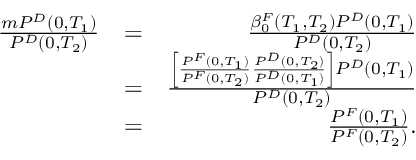
\begin{array} { r l r } { \frac { m P ^ { D } ( 0 , T _ { 1 } ) } { P ^ { D } ( 0 , T _ { 2 } ) } } & { = } & { \frac { \beta _ { 0 } ^ { F } \left( T _ { 1 } , T _ { 2 } \right) P ^ { D } ( 0 , T _ { 1 } ) } { P ^ { D } ( 0 , T _ { 2 } ) } } \\ & { = } & { \frac { \left[ \frac { P ^ { F } ( 0 , T _ { 1 } ) } { P ^ { F } ( 0 , T _ { 2 } ) } \frac { P ^ { D } ( 0 , T _ { 2 } ) } { P ^ { D } ( 0 , T _ { 1 } ) } \right] P ^ { D } ( 0 , T _ { 1 } ) } { P ^ { D } ( 0 , T _ { 2 } ) } } \\ & { = } & { \frac { P ^ { F } ( 0 , T _ { 1 } ) } { P ^ { F } ( 0 , T _ { 2 } ) } . } \end{array}